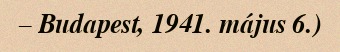
– Budapest, 1941. május 6.)